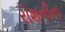
રોશનીના